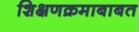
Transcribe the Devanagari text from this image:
शिक्षणक्रमाबाबत